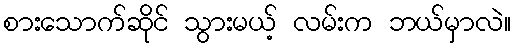
စားသောက်ဆိုင် သွားမယ့် လမ်းက ဘယ်မှာလဲ။